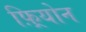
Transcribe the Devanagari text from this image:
फ़्रियोन